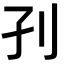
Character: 𡥁